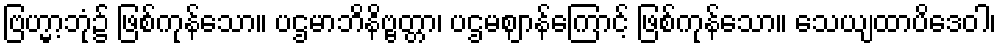
ဗြဟ္မာ့ဘုံ၌ ဖြစ်ကုန်သော။ ပဌမာဘိနိဗ္ဗတ္တာ၊ ပဌမဈာန်ကြောင့် ဖြစ်ကုန်သော။ သေယျထာပိဒေဝါ၊